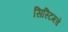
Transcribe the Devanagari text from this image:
सिस्टिमचे